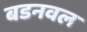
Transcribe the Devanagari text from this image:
बडनवल